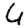
Digit: 4